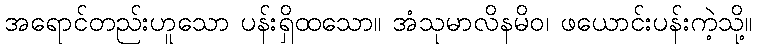
အရောင်တည်းဟူသော ပန်းရှိထသော။ အံသုမာလိနမိဝ၊ ဖယောင်းပန်းကဲ့သို့။